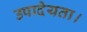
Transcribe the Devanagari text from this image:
उपादेयता।